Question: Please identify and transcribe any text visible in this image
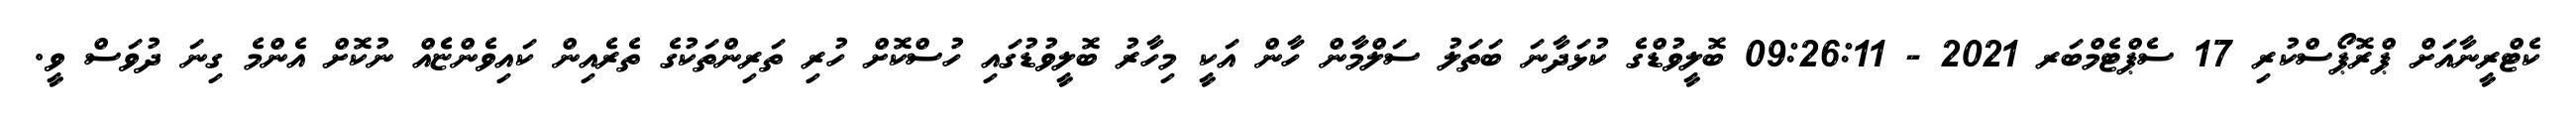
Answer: ކެޓްރީނާއަށް ޕްރޮޕޯސްކުރި 17 ސެޕްޓެމްބަރ 2021 - 09:26:11 ބޮލީވުޑްގެ ކުޅަދާނަ ބަތަލު ސަލްމާން ހާން އަކީ މިހާރު ބޮލީވުޑުގައި ހުސްކޮށް ހުރި ތަރިންތަކުގެ ތެރެއިން ކައިވެންޏެެއް ނުކޮށް އެންމެ ގިނަ ދުވަސް ވީ.